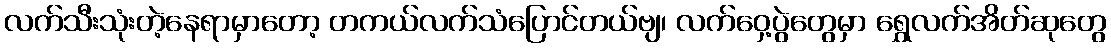
လက်သီးသုံးတဲ့နေရာမှာတော့ တကယ်လက်သံပြောင်တယ်ဗျ၊ လက်ဝှေ့ပွဲတွေမှာ ရွှေလက်အိတ်ဆုတွေ